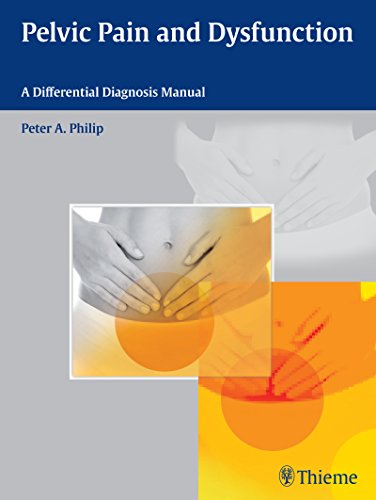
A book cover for Pelvic Pain and Dysfunction: A Differential Diagnosis Manual; Peter A. Philip; Health, Fitness & Dieting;